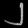
Digit: ၂